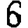
Digit: 6